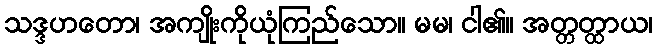
သဒ္ဒဟတော၊ အကျိုးကိုယုံကြည်သော။ မမ၊ ငါ၏။ အတ္တတ္ထာယ၊